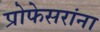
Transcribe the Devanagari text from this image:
प्रोफेसरांना